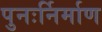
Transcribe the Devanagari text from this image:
पुनःर्निर्माण